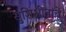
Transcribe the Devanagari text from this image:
सुशिक्षीतांचे